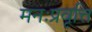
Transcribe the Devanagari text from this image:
मनःप्रवृत्ति